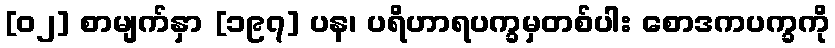
[၀၂] စာမျက်နှာ [၁၉၇] ပန၊ ပရိဟာရပက္ခမှတစ်ပါး စောဒကပက္ခကို